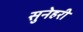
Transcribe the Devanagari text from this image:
सुनेहरी